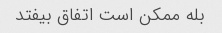
بله ممکن است اتفاق بیفتد